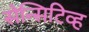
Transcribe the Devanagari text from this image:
सेन्सिटिव्ह